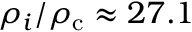
\rho _ { i } / \rho _ { \mathrm { c } } \approx 2 7 . 1